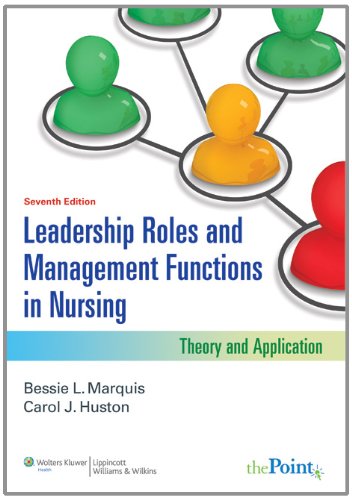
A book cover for Leadership Roles and Management Functions in Nursing: Theory and Application (Marquis, Leadership Roles and Management Functions in Nursing); Bessie L. Marquis RN  CNAA  MSN; Medical Books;